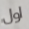
اول